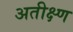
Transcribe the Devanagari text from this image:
अतीक्ष्ण